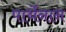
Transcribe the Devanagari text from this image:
पार्थेनान